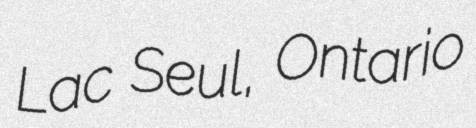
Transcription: Lac Seul, Ontario